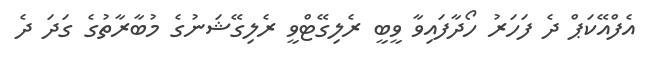
އެފްއޭކަޕް ދެ ފަހަރު ހޯދާފައިވާ ވީބީ ރެލިގޭޓްވީ ރެލިގޭޝަނުގެ މުބާރާތުގެ ގަދަ ދެ